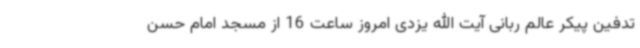
تدفین پیکر عالم ربانی آیت الله یزدی امروز ساعت 16 از مسجد امام حسن